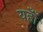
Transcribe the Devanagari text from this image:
यहाँँ